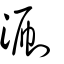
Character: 涮